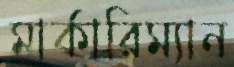
মার্কারিম্যান